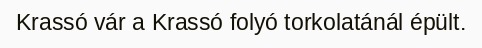
Krassó vár a Krassó folyó torkolatánál épült.